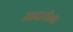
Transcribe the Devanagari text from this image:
रहदारीला